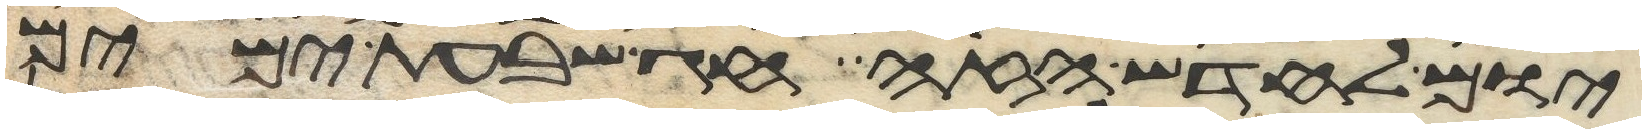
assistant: יום לחדש הזה חג שבעת ימים